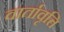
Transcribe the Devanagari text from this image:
वार्तावृत्ति